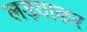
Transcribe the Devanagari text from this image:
लड़वाकर